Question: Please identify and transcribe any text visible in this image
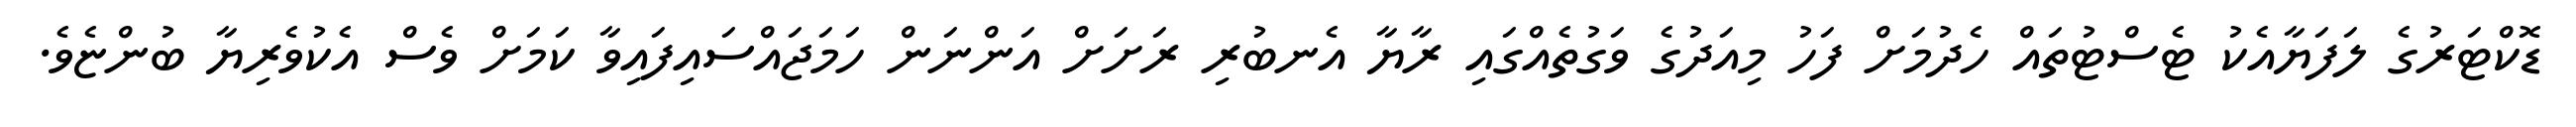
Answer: ޑޮކްޓަރުގެ ލަފަޔާއެކު ޓެސްޓުތައް ހެދުމަށް ފަހު މިއަދުގެ ވަގުތެއްގައި ރާޔާ އެނބުރި ރަށަށް އަންނަން ހަމަޖައްސައިފައިވާ ކަމަށް ވެސް އެކުވެރިޔާ ބުންޏެވެ.